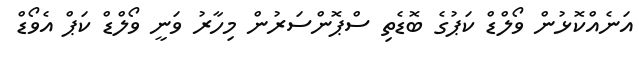
އަނެއްކޮޅުން ވޯލްޑް ކަޕުގެ ބޮޑެތި ސްޕޮންސަރުން މިހާރު ވަނީ ވޯލްޑް ކަޕް އެވޯޑް